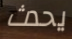
يحدث